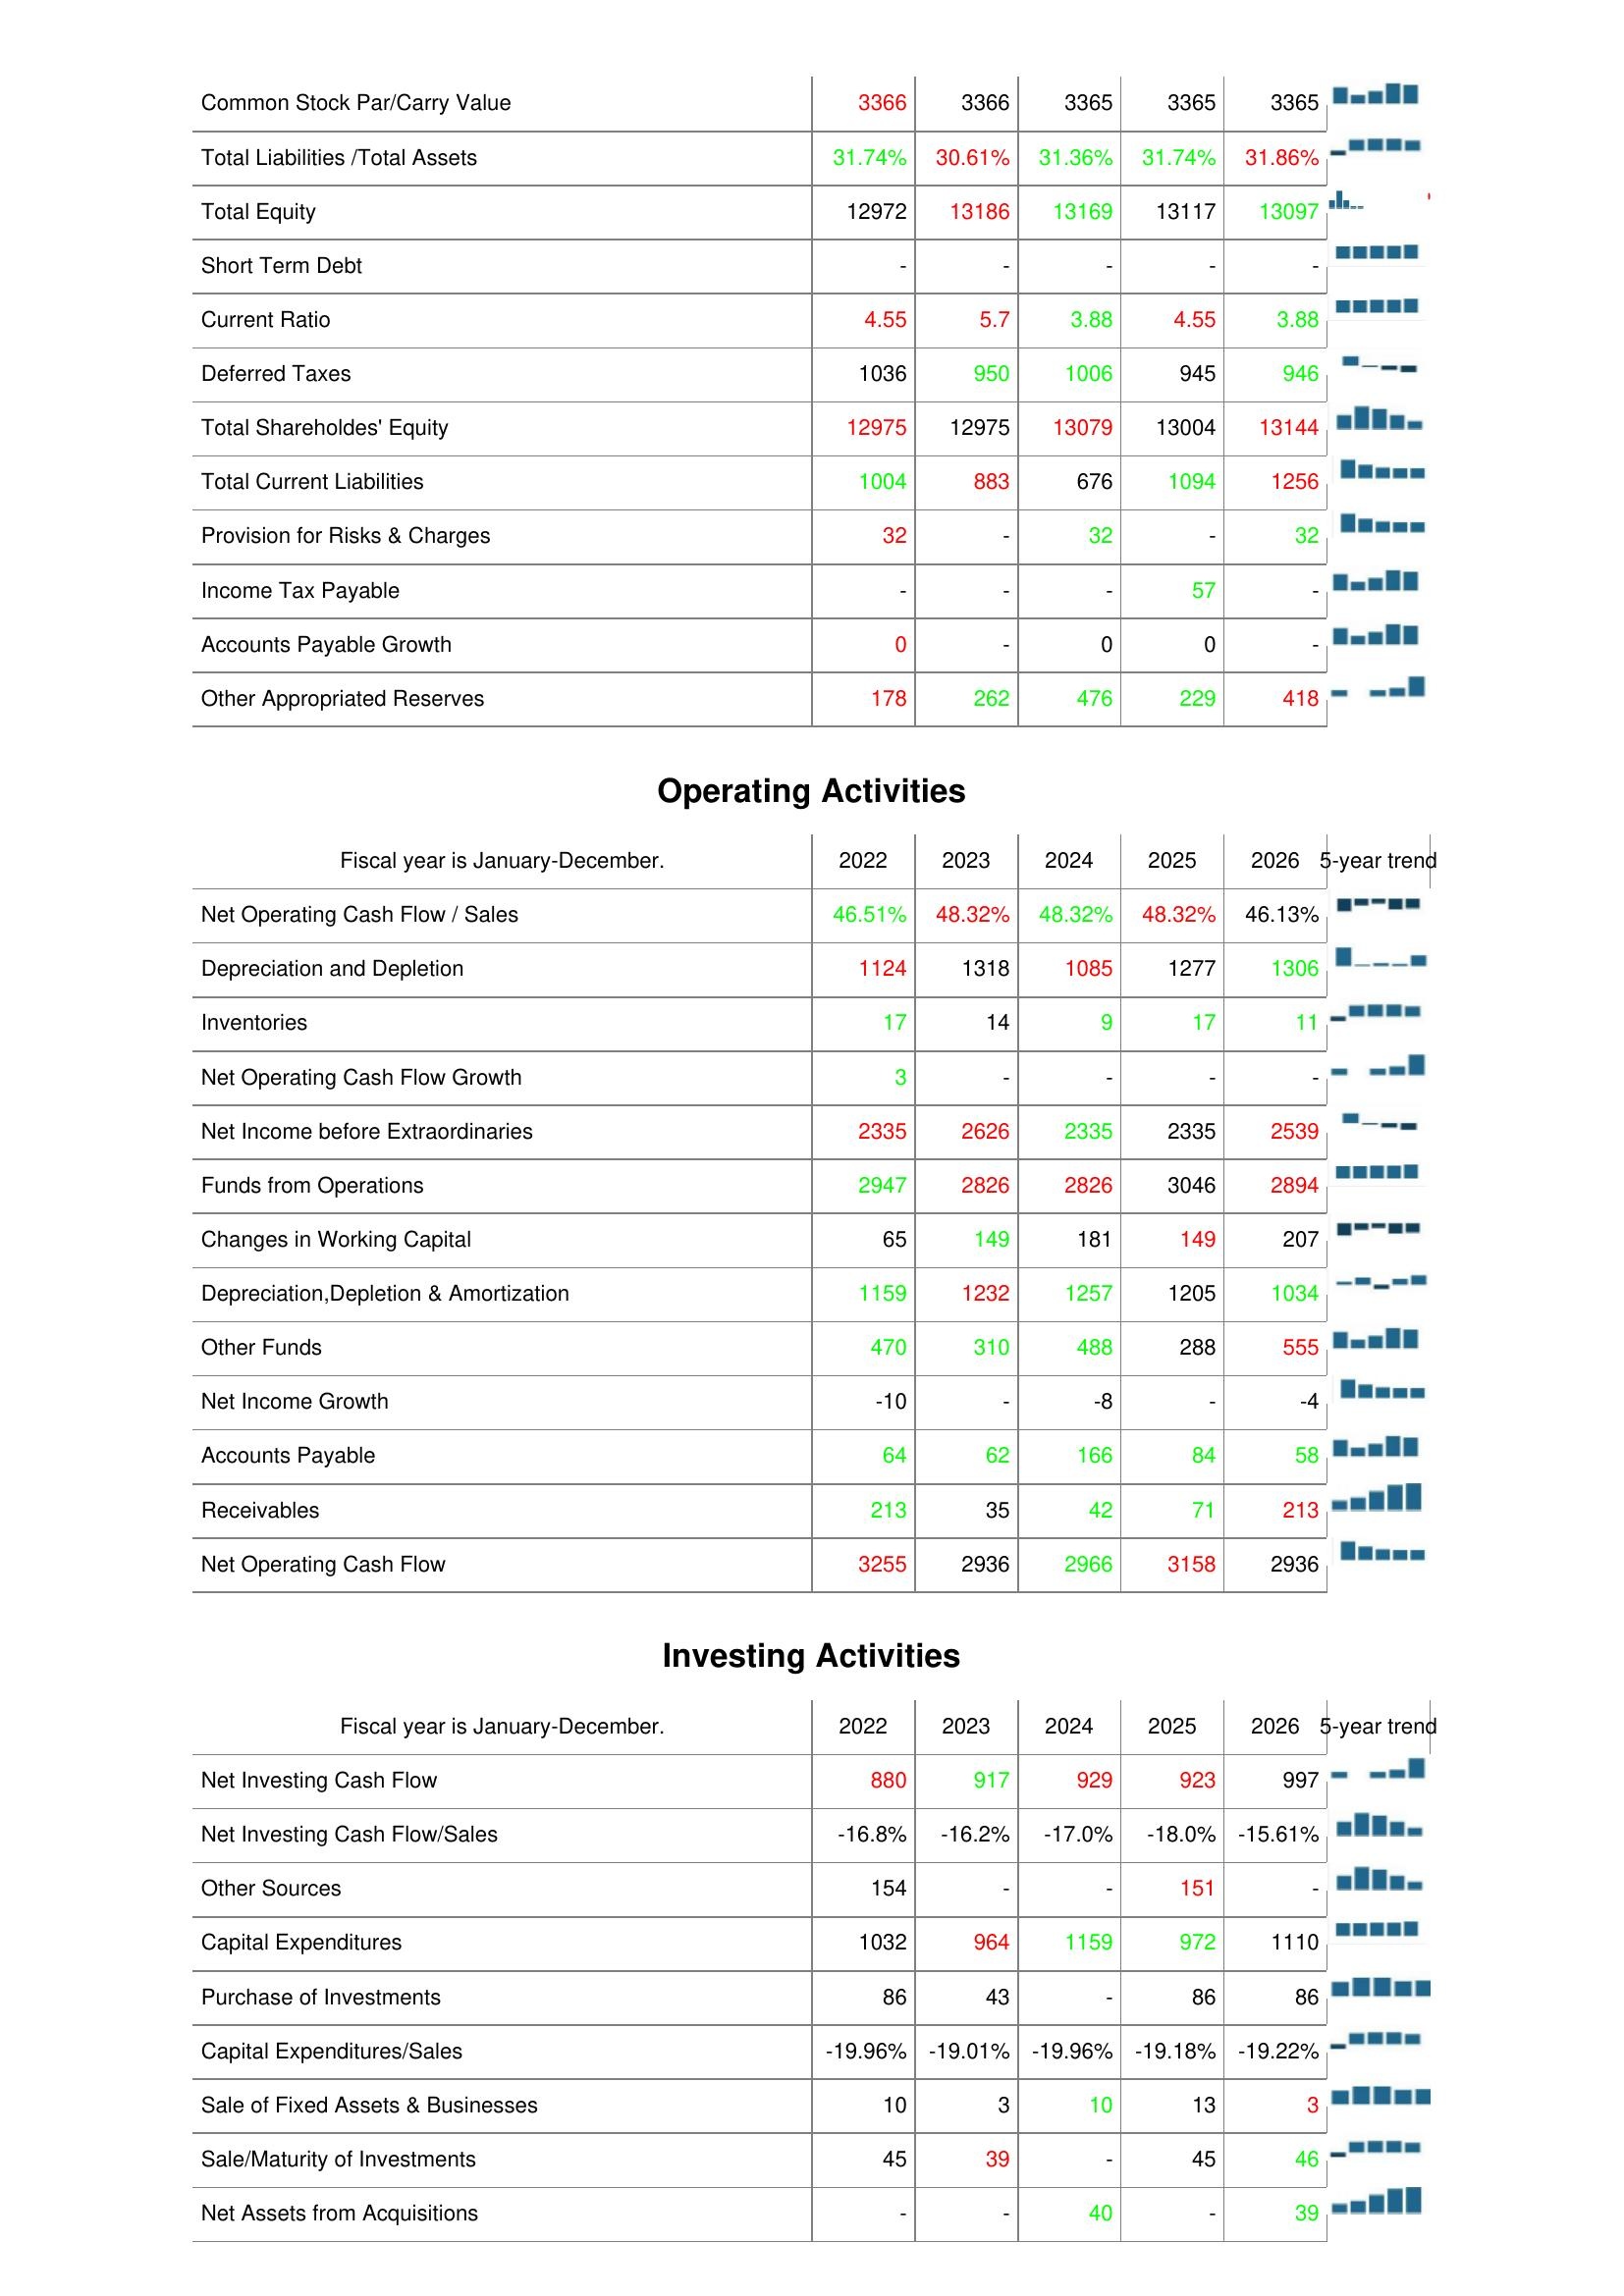
2022: Liabilities & Shareholder's Equity: Common Stock Par/Carry Value: 3366
Total Liabilities /Total Assets: 31.74%
Total Equity: 12972
Short Term Debt: -
Current Ratio: 4.55
Deferred Taxes: 1036
Total Shareholdes' Equity: 12975
Total Current Liabilities: 1004
Provision for Risks & Charges: 32
Income Tax Payable: -
Accounts Payable Growth: 0
Other Appropriated Reserves: 178
Operating Activities: Net Operating Cash Flow / Sales: 46.51%
Depreciation and Depletion: 1124
Inventories: 17
Net Operating Cash Flow Growth: 3
Net Income before Extraordinaries: 2335
Funds from Operations: 2947
Changes in Working Capital: 65
Depreciation,Depletion & Amortization: 1159
Other Funds: 470
Net Income Growth: -10
Accounts Payable: 64
Receivables: 213
Net Operating Cash Flow: 3255
Investing Activities: Net Investing Cash Flow: 880
Net Investing Cash Flow/Sales: -16.8%
Other Sources: 154
Capital Expenditures: 1032
Purchase of Investments: 86
Capital Expenditures/Sales: -19.96%
Sale of Fixed Assets & Businesses: 10
Sale/Maturity of Investments: 45
Net Assets from Acquisitions: -
2023: Liabilities & Shareholder's Equity: Common Stock Par/Carry Value: 3366
Total Liabilities /Total Assets: 30.61%
Total Equity: 13186
Short Term Debt: -
Current Ratio: 5.7
Deferred Taxes: 950
Total Shareholdes' Equity: 12975
Total Current Liabilities: 883
Provision for Risks & Charges: -
Income Tax Payable: -
Accounts Payable Growth: -
Other Appropriated Reserves: 262
Operating Activities: Net Operating Cash Flow / Sales: 48.32%
Depreciation and Depletion: 1318
Inventories: 14
Net Operating Cash Flow Growth: -
Net Income before Extraordinaries: 2626
Funds from Operations: 2826
Changes in Working Capital: 149
Depreciation,Depletion & Amortization: 1232
Other Funds: 310
Net Income Growth: -
Accounts Payable: 62
Receivables: 35
Net Operating Cash Flow: 2936
Investing Activities: Net Investing Cash Flow: 917
Net Investing Cash Flow/Sales: -16.2%
Other Sources: -
Capital Expenditures: 964
Purchase of Investments: 43
Capital Expenditures/Sales: -19.01%
Sale of Fixed Assets & Businesses: 3
Sale/Maturity of Investments: 39
Net Assets from Acquisitions: -
2024: Liabilities & Shareholder's Equity: Common Stock Par/Carry Value: 3365
Total Liabilities /Total Assets: 31.36%
Total Equity: 13169
Short Term Debt: -
Current Ratio: 3.88
Deferred Taxes: 1006
Total Shareholdes' Equity: 13079
Total Current Liabilities: 676
Provision for Risks & Charges: 32
Income Tax Payable: -
Accounts Payable Growth: 0
Other Appropriated Reserves: 476
Operating Activities: Net Operating Cash Flow / Sales: 48.32%
Depreciation and Depletion: 1085
Inventories: 9
Net Operating Cash Flow Growth: -
Net Income before Extraordinaries: 2335
Funds from Operations: 2826
Changes in Working Capital: 181
Depreciation,Depletion & Amortization: 1257
Other Funds: 488
Net Income Growth: -8
Accounts Payable: 166
Receivables: 42
Net Operating Cash Flow: 2966
Investing Activities: Net Investing Cash Flow: 929
Net Investing Cash Flow/Sales: -17.0%
Other Sources: -
Capital Expenditures: 1159
Purchase of Investments: -
Capital Expenditures/Sales: -19.96%
Sale of Fixed Assets & Businesses: 10
Sale/Maturity of Investments: -
Net Assets from Acquisitions: 40
2025: Liabilities & Shareholder's Equity: Common Stock Par/Carry Value: 3365
Total Liabilities /Total Assets: 31.74%
Total Equity: 13117
Short Term Debt: -
Current Ratio: 4.55
Deferred Taxes: 945
Total Shareholdes' Equity: 13004
Total Current Liabilities: 1094
Provision for Risks & Charges: -
Income Tax Payable: 57
Accounts Payable Growth: 0
Other Appropriated Reserves: 229
Operating Activities: Net Operating Cash Flow / Sales: 48.32%
Depreciation and Depletion: 1277
Inventories: 17
Net Operating Cash Flow Growth: -
Net Income before Extraordinaries: 2335
Funds from Operations: 3046
Changes in Working Capital: 149
Depreciation,Depletion & Amortization: 1205
Other Funds: 288
Net Income Growth: -
Accounts Payable: 84
Receivables: 71
Net Operating Cash Flow: 3158
Investing Activities: Net Investing Cash Flow: 923
Net Investing Cash Flow/Sales: -18.0%
Other Sources: 151
Capital Expenditures: 972
Purchase of Investments: 86
Capital Expenditures/Sales: -19.18%
Sale of Fixed Assets & Businesses: 13
Sale/Maturity of Investments: 45
Net Assets from Acquisitions: -
2026: Liabilities & Shareholder's Equity: Common Stock Par/Carry Value: 3365
Total Liabilities /Total Assets: 31.86%
Total Equity: 13097
Short Term Debt: -
Current Ratio: 3.88
Deferred Taxes: 946
Total Shareholdes' Equity: 13144
Total Current Liabilities: 1256
Provision for Risks & Charges: 32
Income Tax Payable: -
Accounts Payable Growth: -
Other Appropriated Reserves: 418
Operating Activities: Net Operating Cash Flow / Sales: 46.13%
Depreciation and Depletion: 1306
Inventories: 11
Net Operating Cash Flow Growth: -
Net Income before Extraordinaries: 2539
Funds from Operations: 2894
Changes in Working Capital: 207
Depreciation,Depletion & Amortization: 1034
Other Funds: 555
Net Income Growth: -4
Accounts Payable: 58
Receivables: 213
Net Operating Cash Flow: 2936
Investing Activities: Net Investing Cash Flow: 997
Net Investing Cash Flow/Sales: -15.61%
Other Sources: -
Capital Expenditures: 1110
Purchase of Investments: 86
Capital Expenditures/Sales: -19.22%
Sale of Fixed Assets & Businesses: 3
Sale/Maturity of Investments: 46
Net Assets from Acquisitions: 39